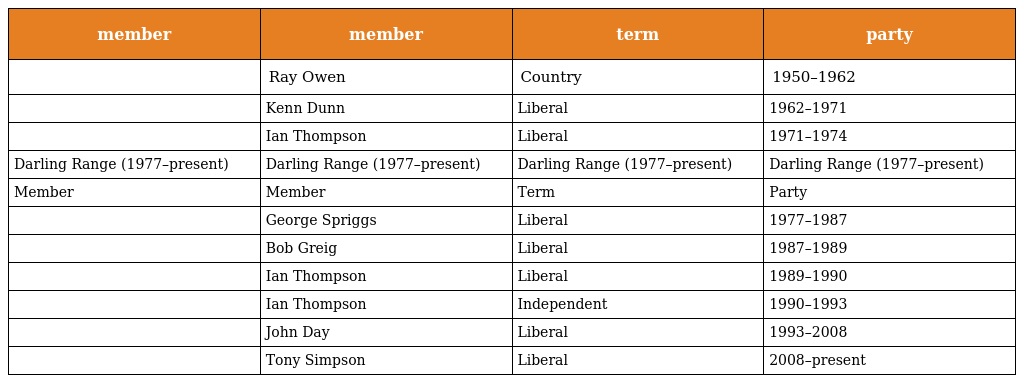
| member | member | term | party |
 | --- | --- | --- | --- |
 |  | Ray Owen | Country | 1950–1962 |
 |  | Kenn Dunn | Liberal | 1962–1971 |
 |  | Ian Thompson | Liberal | 1971–1974 |
 | Darling Range (1977–present) | Darling Range (1977–present) | Darling Range (1977–present) | Darling Range (1977–present) |
 | Member | Member | Term | Party |
 |  | George Spriggs | Liberal | 1977–1987 |
 |  | Bob Greig | Liberal | 1987–1989 |
 |  | Ian Thompson | Liberal | 1989–1990 |
 |  | Ian Thompson | Independent | 1990–1993 |
 |  | John Day | Liberal | 1993–2008 |
 |  | Tony Simpson | Liberal | 2008–present |